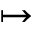
\mapsto